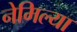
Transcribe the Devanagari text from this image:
नेमिल्या